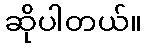
ဆိုပါတယ်။